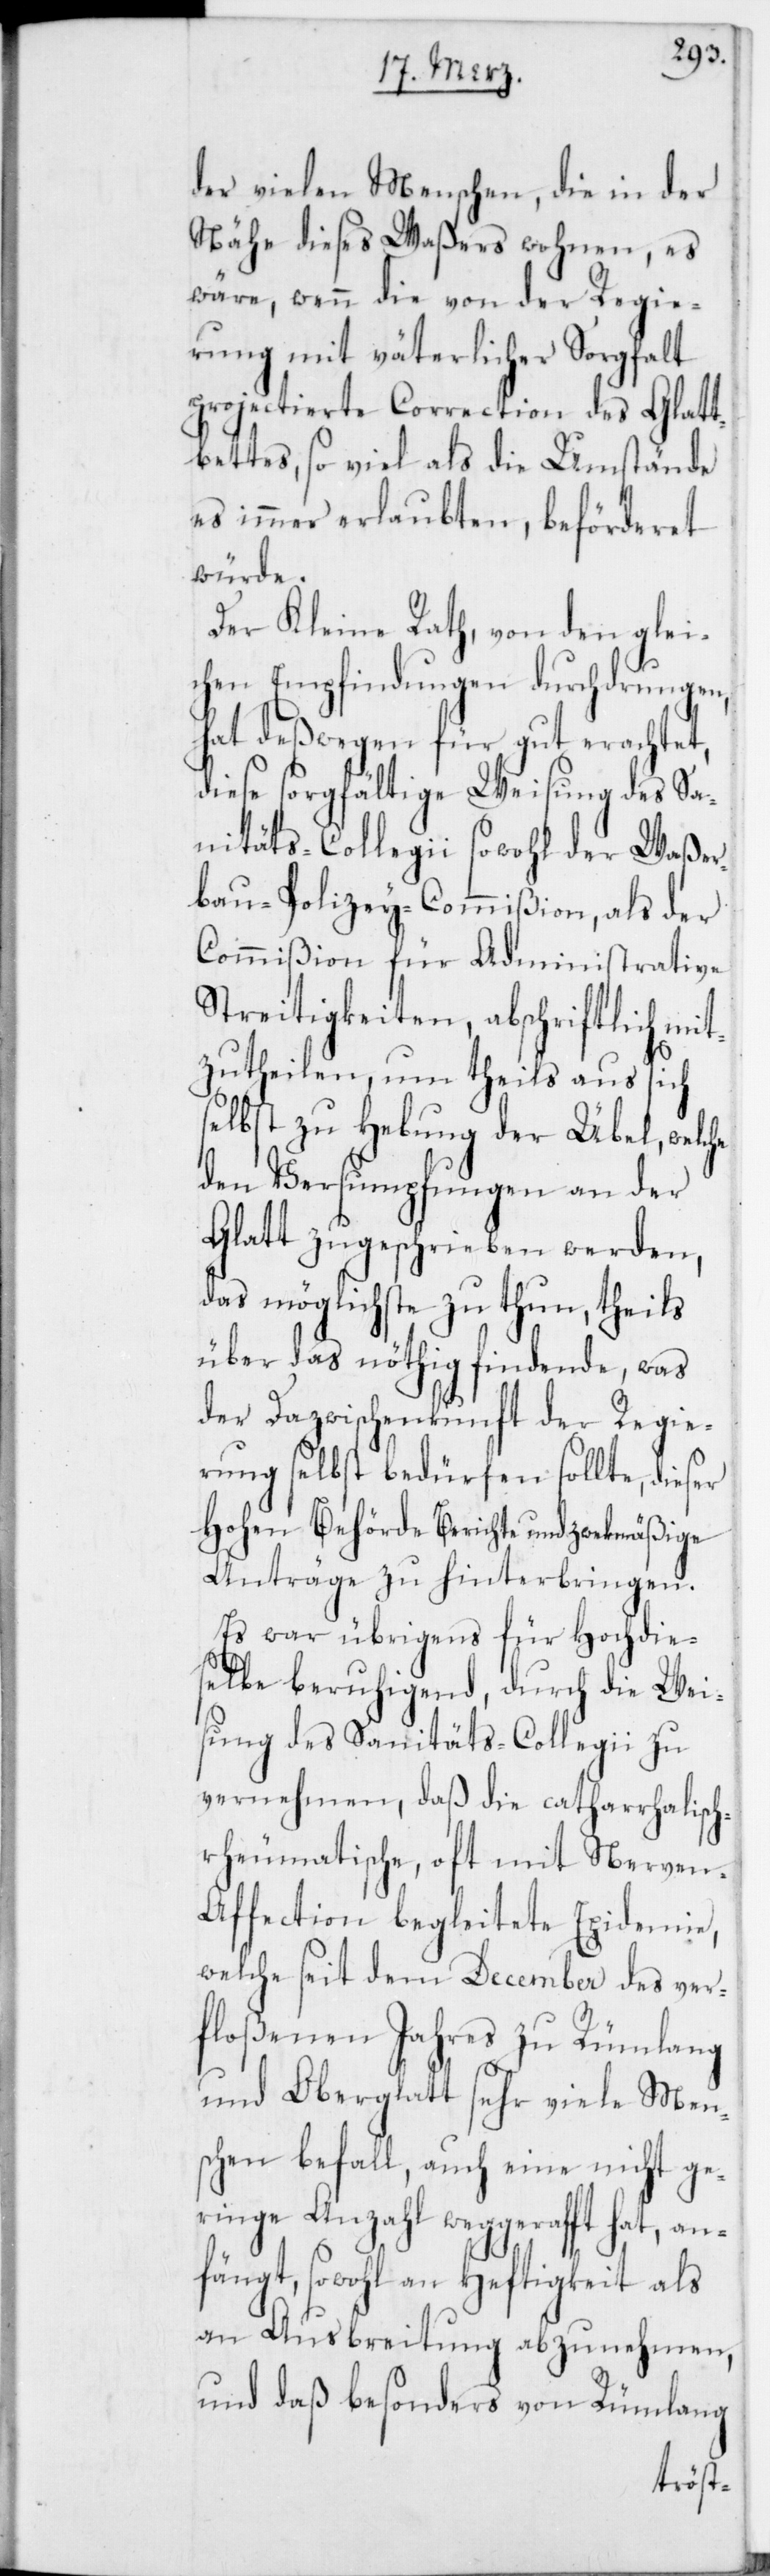
der vielen Menschen, die in der
Nähe dieses Waßers wohnen, es
wäre, wenn die von der Regie¬
rung mit väterlicher Sorgfalt
projectierte Correction des Glatt¬
bettes, so viel als die Umstände
es immer erlaubten, beförderet
würde.
Der Kleine Rath, von den glei¬
chen Empfindungen durchdrungen,
hat deßwegen für gut erachtet,
diese sorgfältige Weisung des Sa¬
nitäts-Collegii sowohl der Waßer¬
bau-Polizey-Commißion, als der
Commißion für Administrative
Streitigkeiten, abschriftlich mit¬
zutheilen, um theils aus sich
selbst zu Hebung der Übel, welche
den Versumpfungen an der
Glatt zugeschrieben werden,
das möglichste zu thun, theils
über das nöthig findende, was
der Dazwischenkunft der Regie¬
rung selbst bedürfen sollte, dieser
Hohen Behörde Berichte und zwekmäßige
Anträge zu hinterbringen.
Es war übrigens für Hochdie¬
selbe beruhigend, durch die Wei¬
sung des Sanitäts-Collegii zu
vernehmen, daß die catharrhalisc¬
h-rheumatische, oft mit Nerve¬
n-Affection begleitete Epidemie,
welche seit dem December des ver¬
floßenen Jahres zu Rümlang
und Oberglatt sehr viele Mens¬
chen befall, auch eine nicht ge¬
ringe Anzahl weggerafft hat, an¬
fängt, sowohl an Heftigkeit als
an Ausbreitung abzunehmen,
und daß besonders von Rümlang